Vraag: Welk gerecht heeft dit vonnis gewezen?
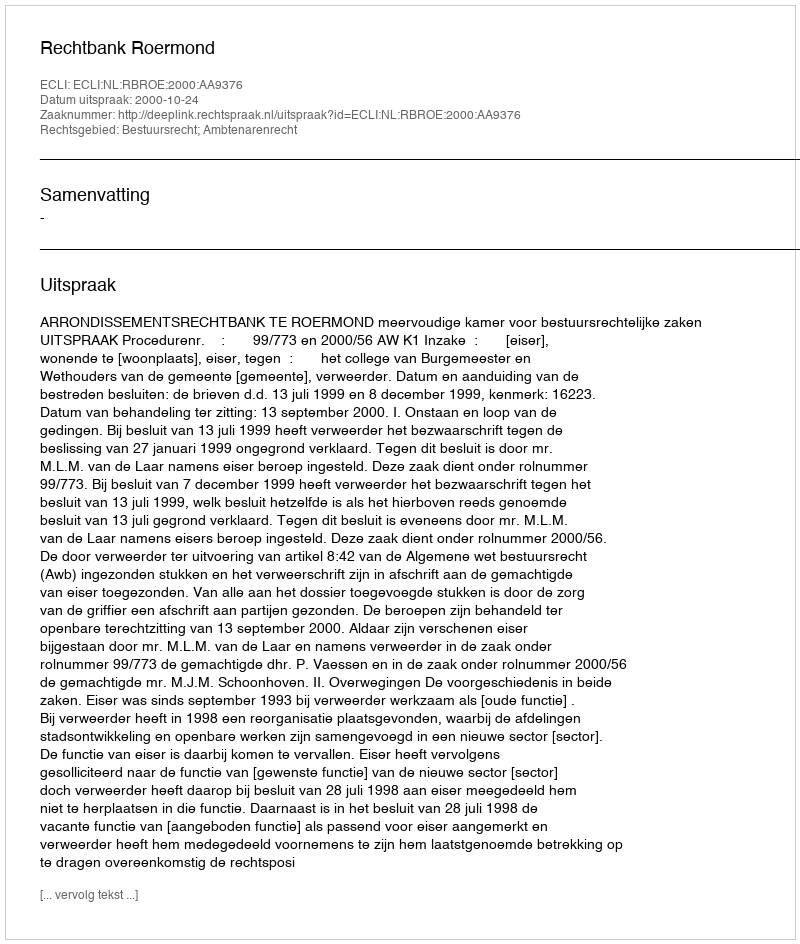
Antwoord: Rechtbank Roermond